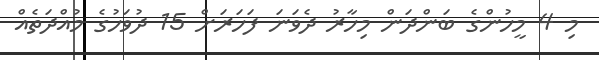
މި 4 މީހުންގެ ބަންދަން މިހާރު ދެވަނަ ފަހަރަށް 15 ދުވަހުގެ މުއްދަތެއް